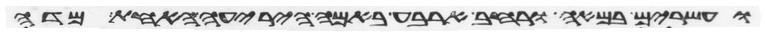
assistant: ועשרים באמה ורחב ארבע באמה היריעה האחת מדה